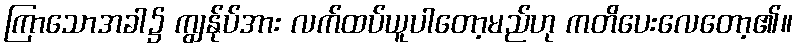
ကြာသောအခါ၌ ကျွန်ုပ်အား လက်ထပ်ယူပါတော့မည်ဟု ကတိပေးလေတော့၏။